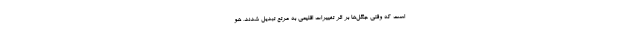
است که وقتی جنگل‌ها بر اثر تغییرات اقلیمی به مرتع تبدیل ‌شدند، هو